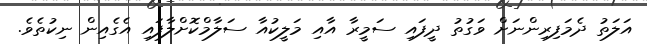
އަލަތު ދެމަފިރިންނަށް ވަގުތު ދީފައި ސަމީރާ އާއި މަލީކުއާ ސަލާމްކޮށްލާފައި އެގެއިން ނިކުތެވެ.